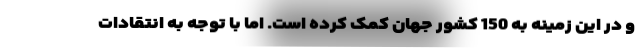
و در این زمینه به 150 کشور جهان کمک کرده است. اما با توجه به انتقادات